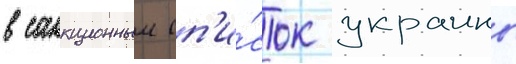
в санкционныи сп'и́сок украины